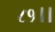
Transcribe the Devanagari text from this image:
८१।।